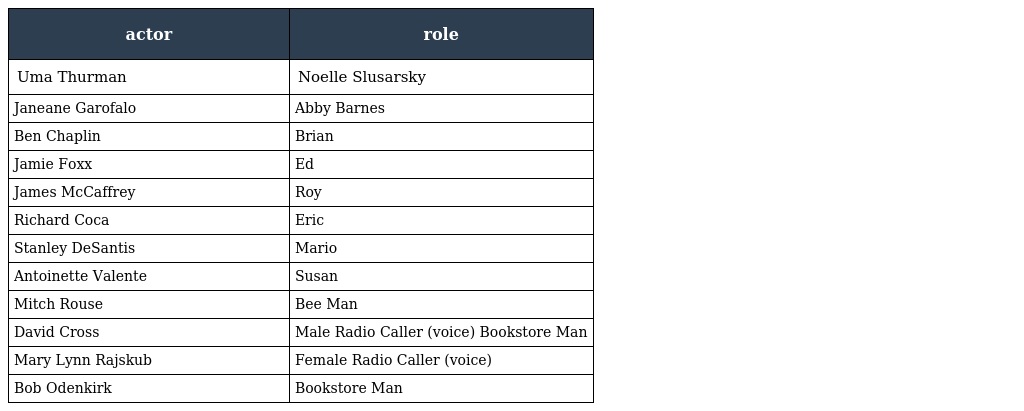
| actor | role |
 | --- | --- |
 | Uma Thurman | Noelle Slusarsky |
 | Janeane Garofalo | Abby Barnes |
 | Ben Chaplin | Brian |
 | Jamie Foxx | Ed |
 | James McCaffrey | Roy |
 | Richard Coca | Eric |
 | Stanley DeSantis | Mario |
 | Antoinette Valente | Susan |
 | Mitch Rouse | Bee Man |
 | David Cross | Male Radio Caller (voice) Bookstore Man |
 | Mary Lynn Rajskub | Female Radio Caller (voice) |
 | Bob Odenkirk | Bookstore Man |